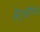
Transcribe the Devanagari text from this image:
कैटलॉग्स